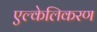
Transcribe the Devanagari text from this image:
एल्केलिकरण